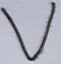
Text: V